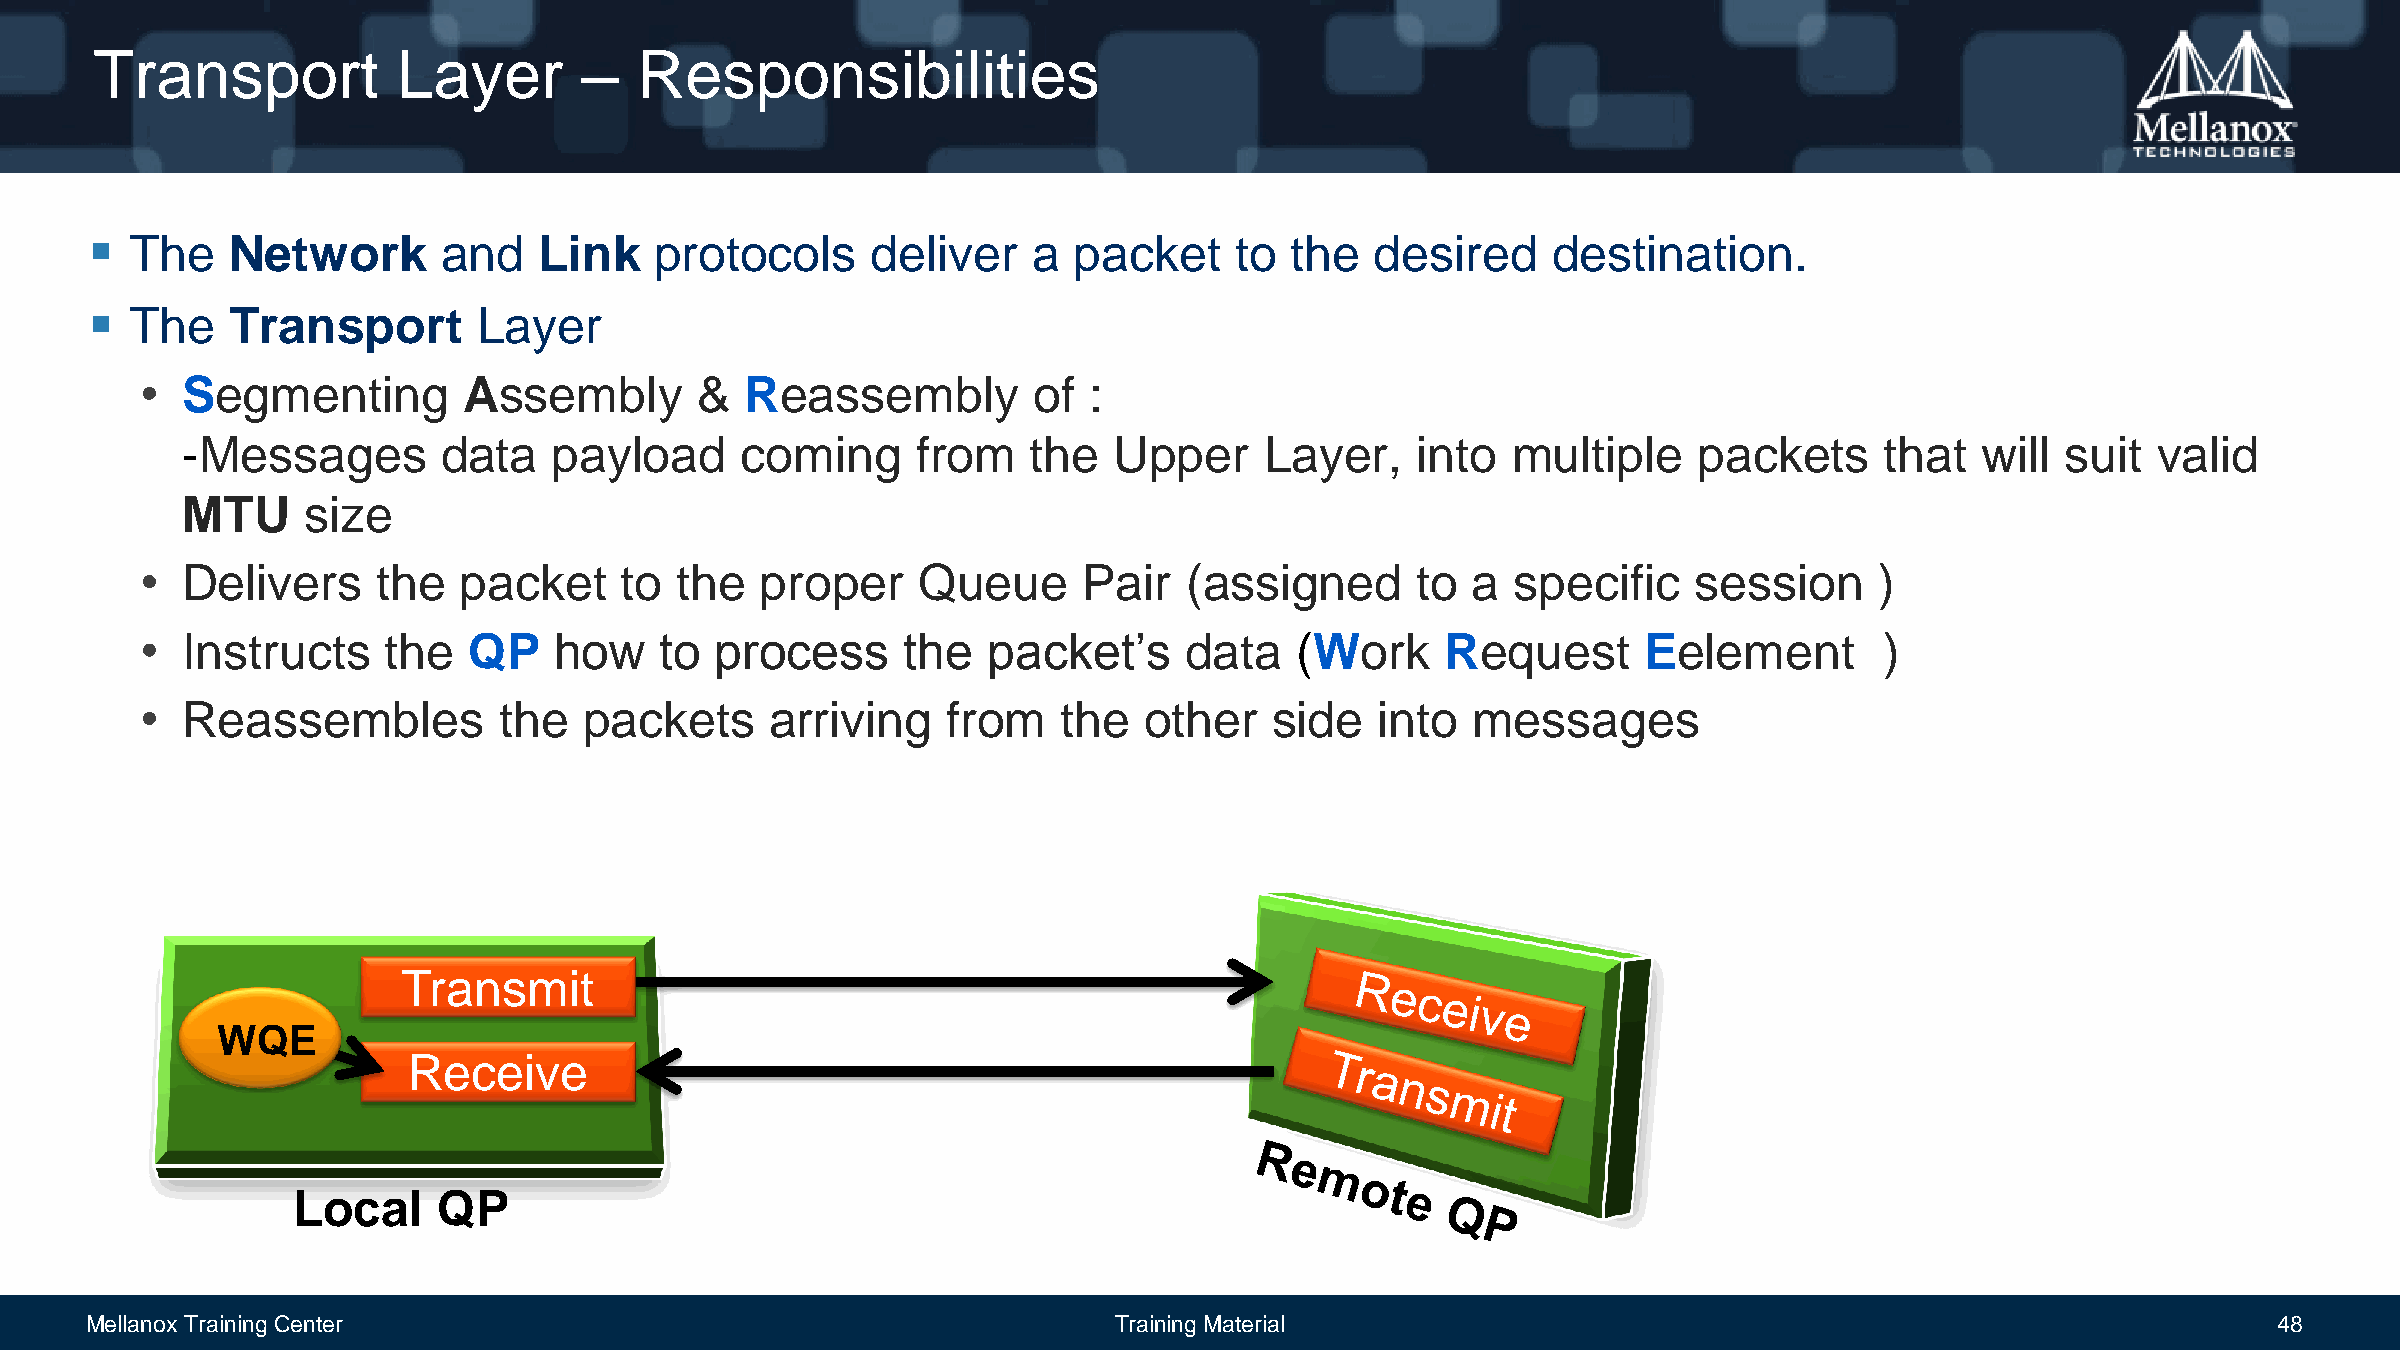
Transport           Layer       –   Responsibilities
   The   Network       and    Link   protocols      deliver   a  packet     to the   desired     destination.
   The   Transport        Layer
 •  Segmenting         Assembly       &  Reassembly         of  :
 -Messages        data    payload     coming      from   the   Upper     Layer,    into  multiple    packets      that  will  suit  valid
 MTU     size
 •  Delivers     the  packet     to  the  proper     Queue      Pair   (assigned      to a  specific    session     )
 •  Instructs    the   QP    how    to process      the  packet’s     data    (Work     Request      Eelement        )
 •  Reassembles          the   packets     arriving    from   the   other   side   into  messages
 Transmit
 WQE
 Receive
 Local     QP
 Mellanox Training Center                                            Training Material                                                            48